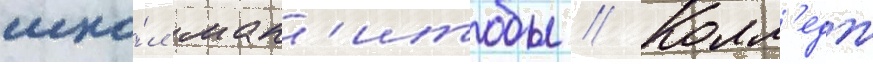
шко́л ман'итобы // Колл'едж